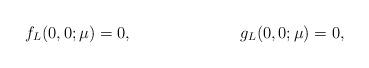
LaTeX: \begin{align*}f_L(0,0;\mu) &= 0, & g_L(0,0;\mu) &= 0,\end{align*}